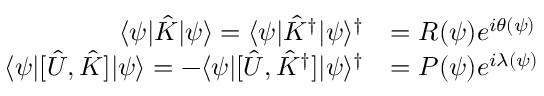
\begin{array} { r l } { \langle \psi | \hat { K } | \psi \rangle = \langle \psi | \hat { K } ^ { \dag } | \psi \rangle ^ { \dag } } & { = R ( \psi ) e ^ { i \theta ( \psi ) } } \\ { \langle \psi | [ \hat { U } , \hat { K } ] | \psi \rangle = - \langle \psi | [ \hat { U } , \hat { K } ^ { \dag } ] | \psi \rangle ^ { \dag } } & { = P ( \psi ) e ^ { i \lambda ( \psi ) } } \end{array}